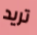
تريد